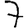
Digit: 7